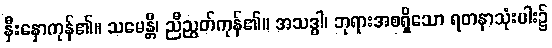
နှီးနှောကုန်၏။ သမေန္တိ၊ ညီညွတ်ကုန်၏။ အသဒ္ဓါ၊ ဘုရားအစရှိသော ရတနာသုံးပါး၌